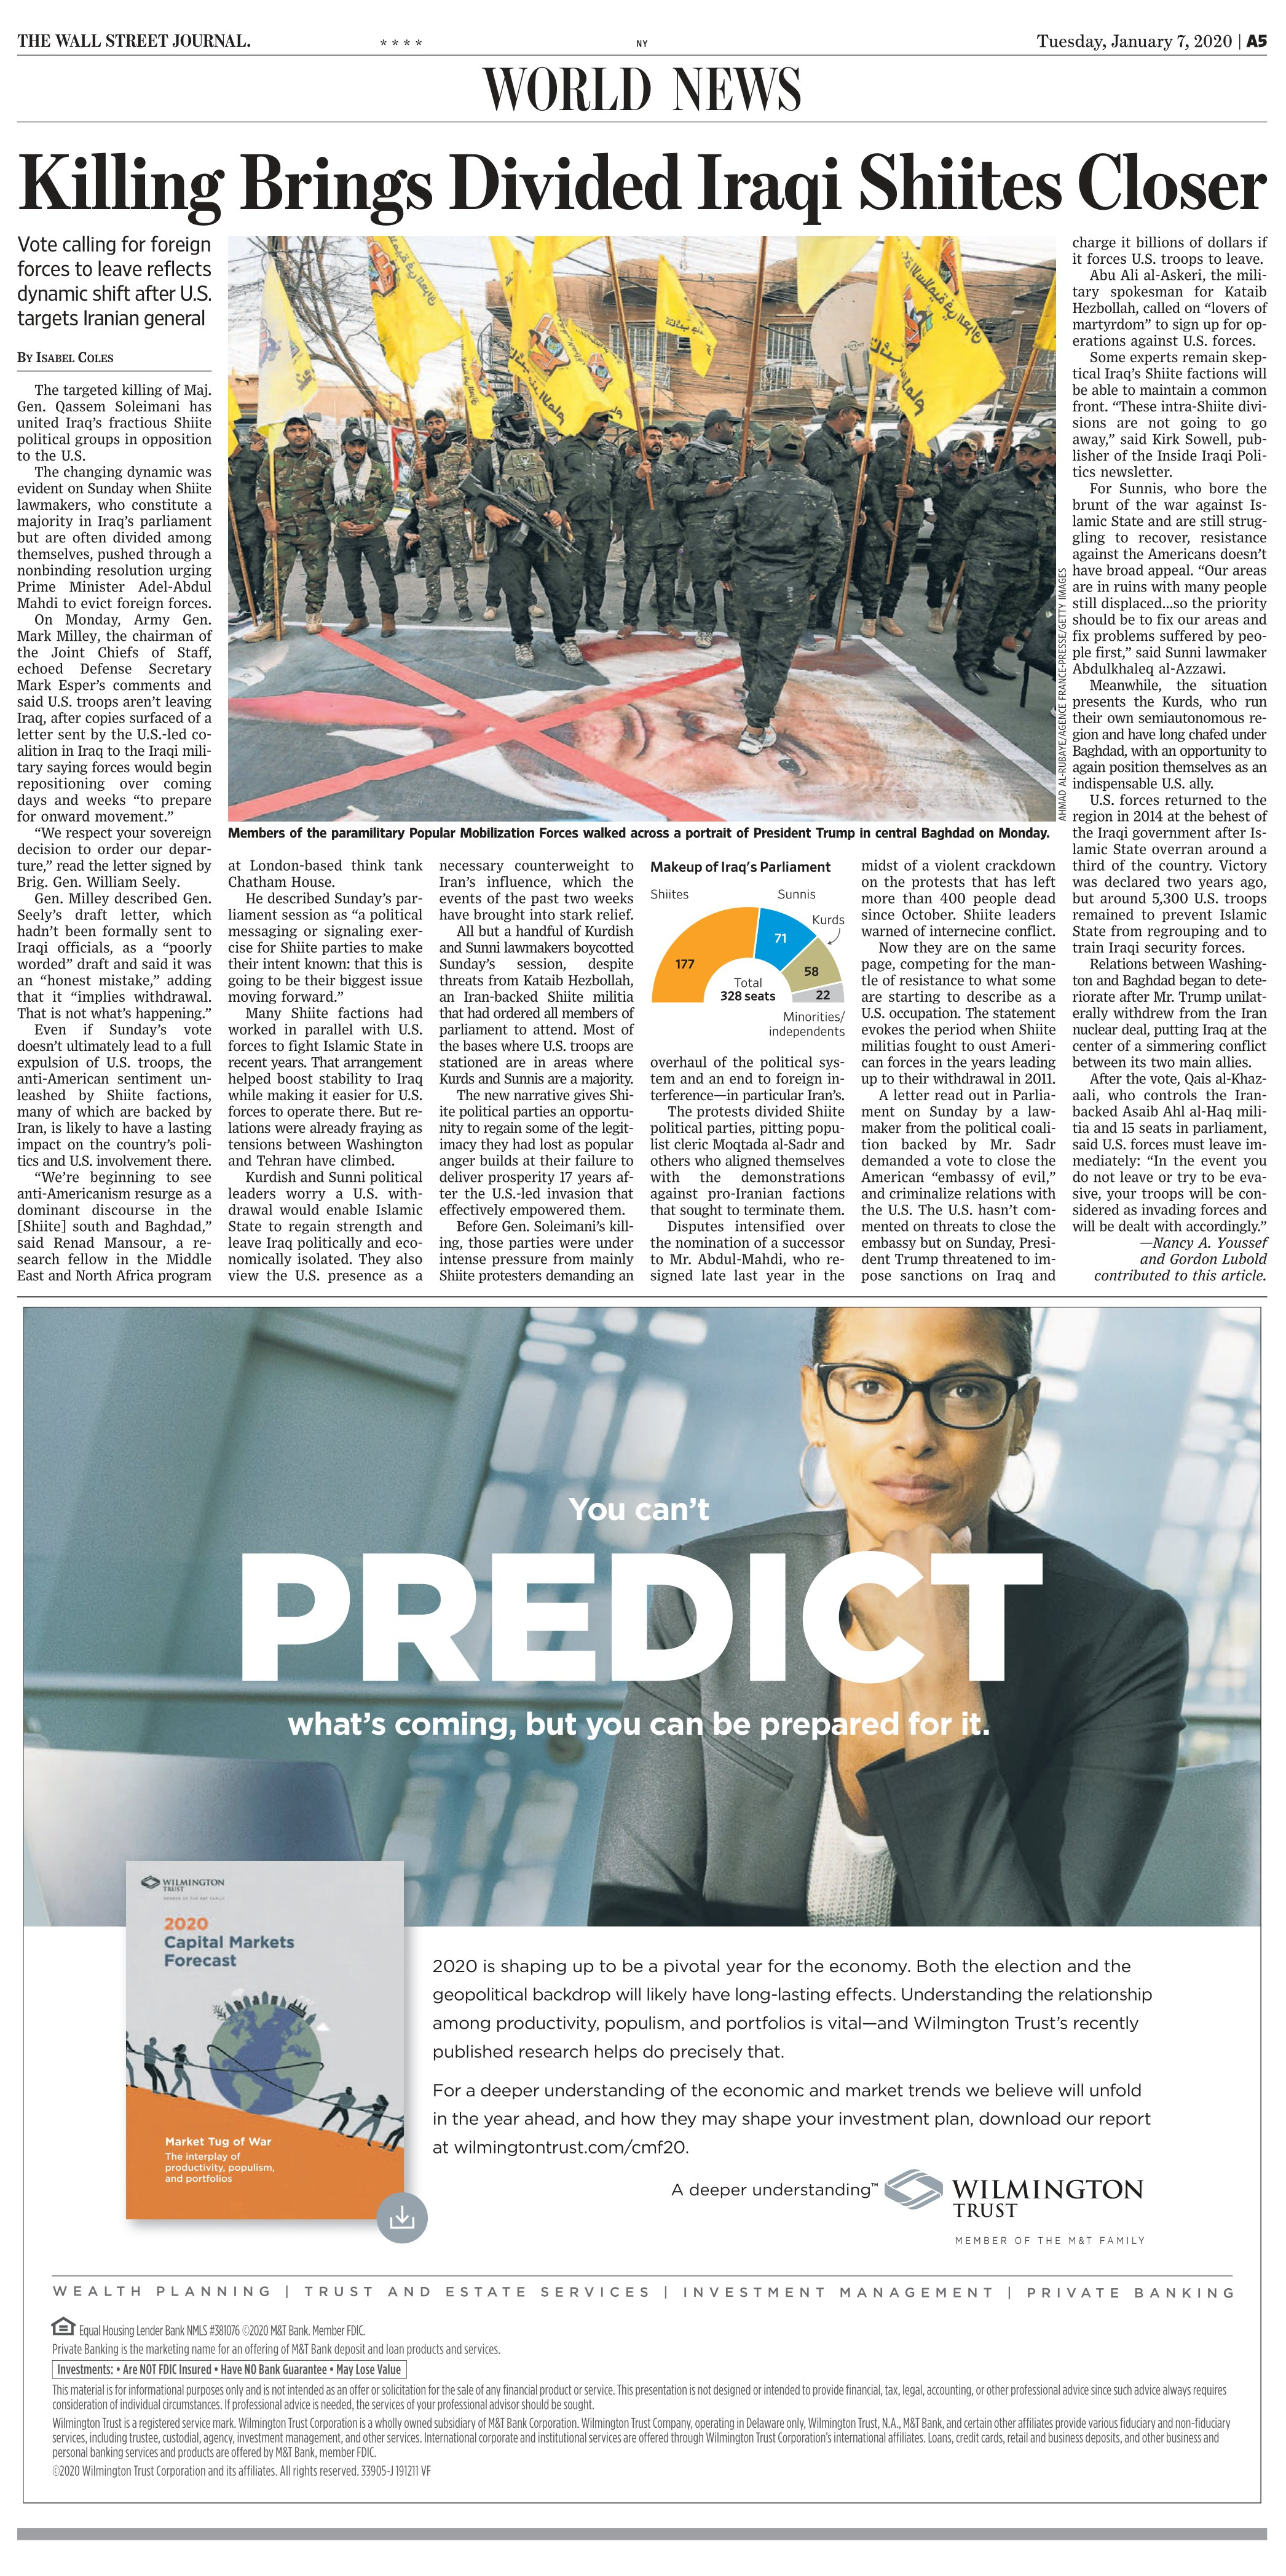
Language: en